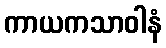
ကာယကသာဝါနံ